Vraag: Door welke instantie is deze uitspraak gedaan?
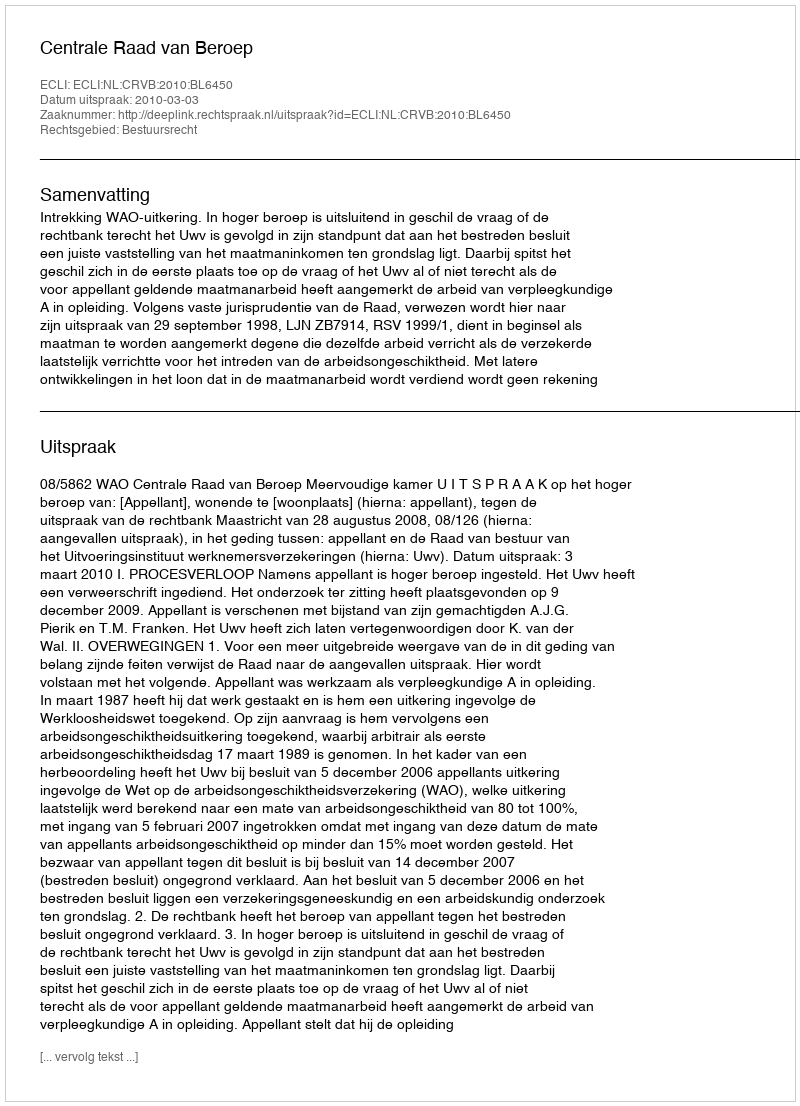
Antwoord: Centrale Raad van Beroep